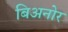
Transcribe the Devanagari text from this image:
बिअनोर